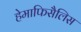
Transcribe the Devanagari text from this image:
हेमाफिसैलिस